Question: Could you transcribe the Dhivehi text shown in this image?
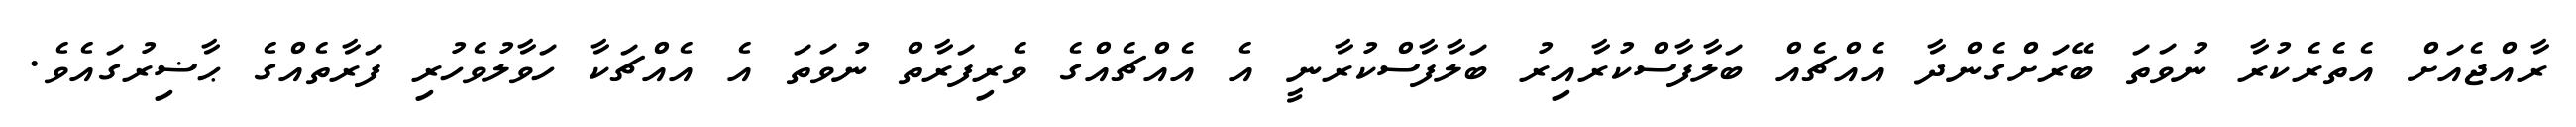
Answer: ރާއްޖެއަށް އެތެރެކުރާ ނުވަތަ ބޭރަށްގެންދާ އެއްޗެއް ބަލާފާސްކުރާއިރު ބަލާފާސްކުރާނީ އެ އެއްޗެއްގެ ވެރިފަރާތް ނުވަތަ އެ އެއްޗަކާ ހަވާލުވެހުރި ފަރާތެއްގެ ޙާޟިރުގައެވެ.